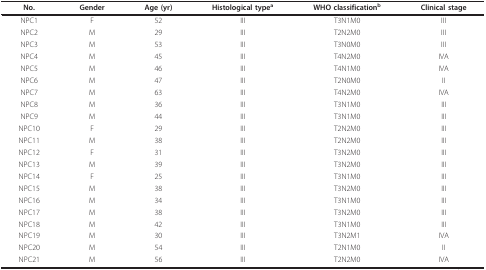
| No. | Gender | Age (yr) | Histological typea | WHO classificationb | Clinical stage |
 | --- | --- | --- | --- | --- | --- |
 | NPC1 | F | 52 | III | T3N1M0 | III |
 | NPC2 | M | 29 | III | T2N2M0 | III |
 | NPC3 | M | 53 | III | T3N0M0 | III |
 | NPC4 | M | 45 | III | T4N2M0 | IVA |
 | NPC5 | M | 46 | III | T4N1M0 | IVA |
 | NPC6 | M | 47 | III | T2N0M0 | II |
 | NPC7 | M | 63 | III | T4N2M0 | IVA |
 | NPC8 | M | 36 | III | T3N1M0 | III |
 | NPC9 | M | 44 | III | T3N1M0 | III |
 | NPC10 | F | 29 | III | T2N2M0 | III |
 | NPC11 | M | 38 | III | T2N2M0 | III |
 | NPC12 | F | 31 | III | T3N2M0 | III |
 | NPC13 | M | 39 | III | T3N2M0 | III |
 | NPC14 | F | 25 | III | T3N1M0 | III |
 | NPC15 | M | 38 | III | T3N2M0 | III |
 | NPC16 | M | 34 | III | T3N1M0 | III |
 | NPC17 | M | 38 | III | T3N2M0 | III |
 | NPC18 | M | 42 | III | T3N1M0 | III |
 | NPC19 | M | 30 | III | T3N2M1 | IVA |
 | NPC20 | M | 54 | III | T2N1M0 | II |
 | NPC21 | M | 56 | III | T2N2M0 | IVA |